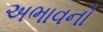
અભાવનો